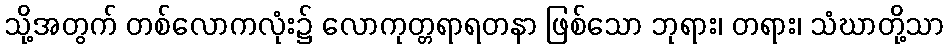
သို့အတွက် တစ်လောကလုံး၌ လောကုတ္တရာရတနာ ဖြစ်သော ဘုရား၊ တရား၊ သံဃာတို့သာ